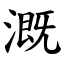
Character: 溉